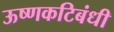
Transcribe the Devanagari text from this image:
ऊष्णकटिबंधी